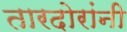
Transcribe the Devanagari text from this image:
तारदोरांनी